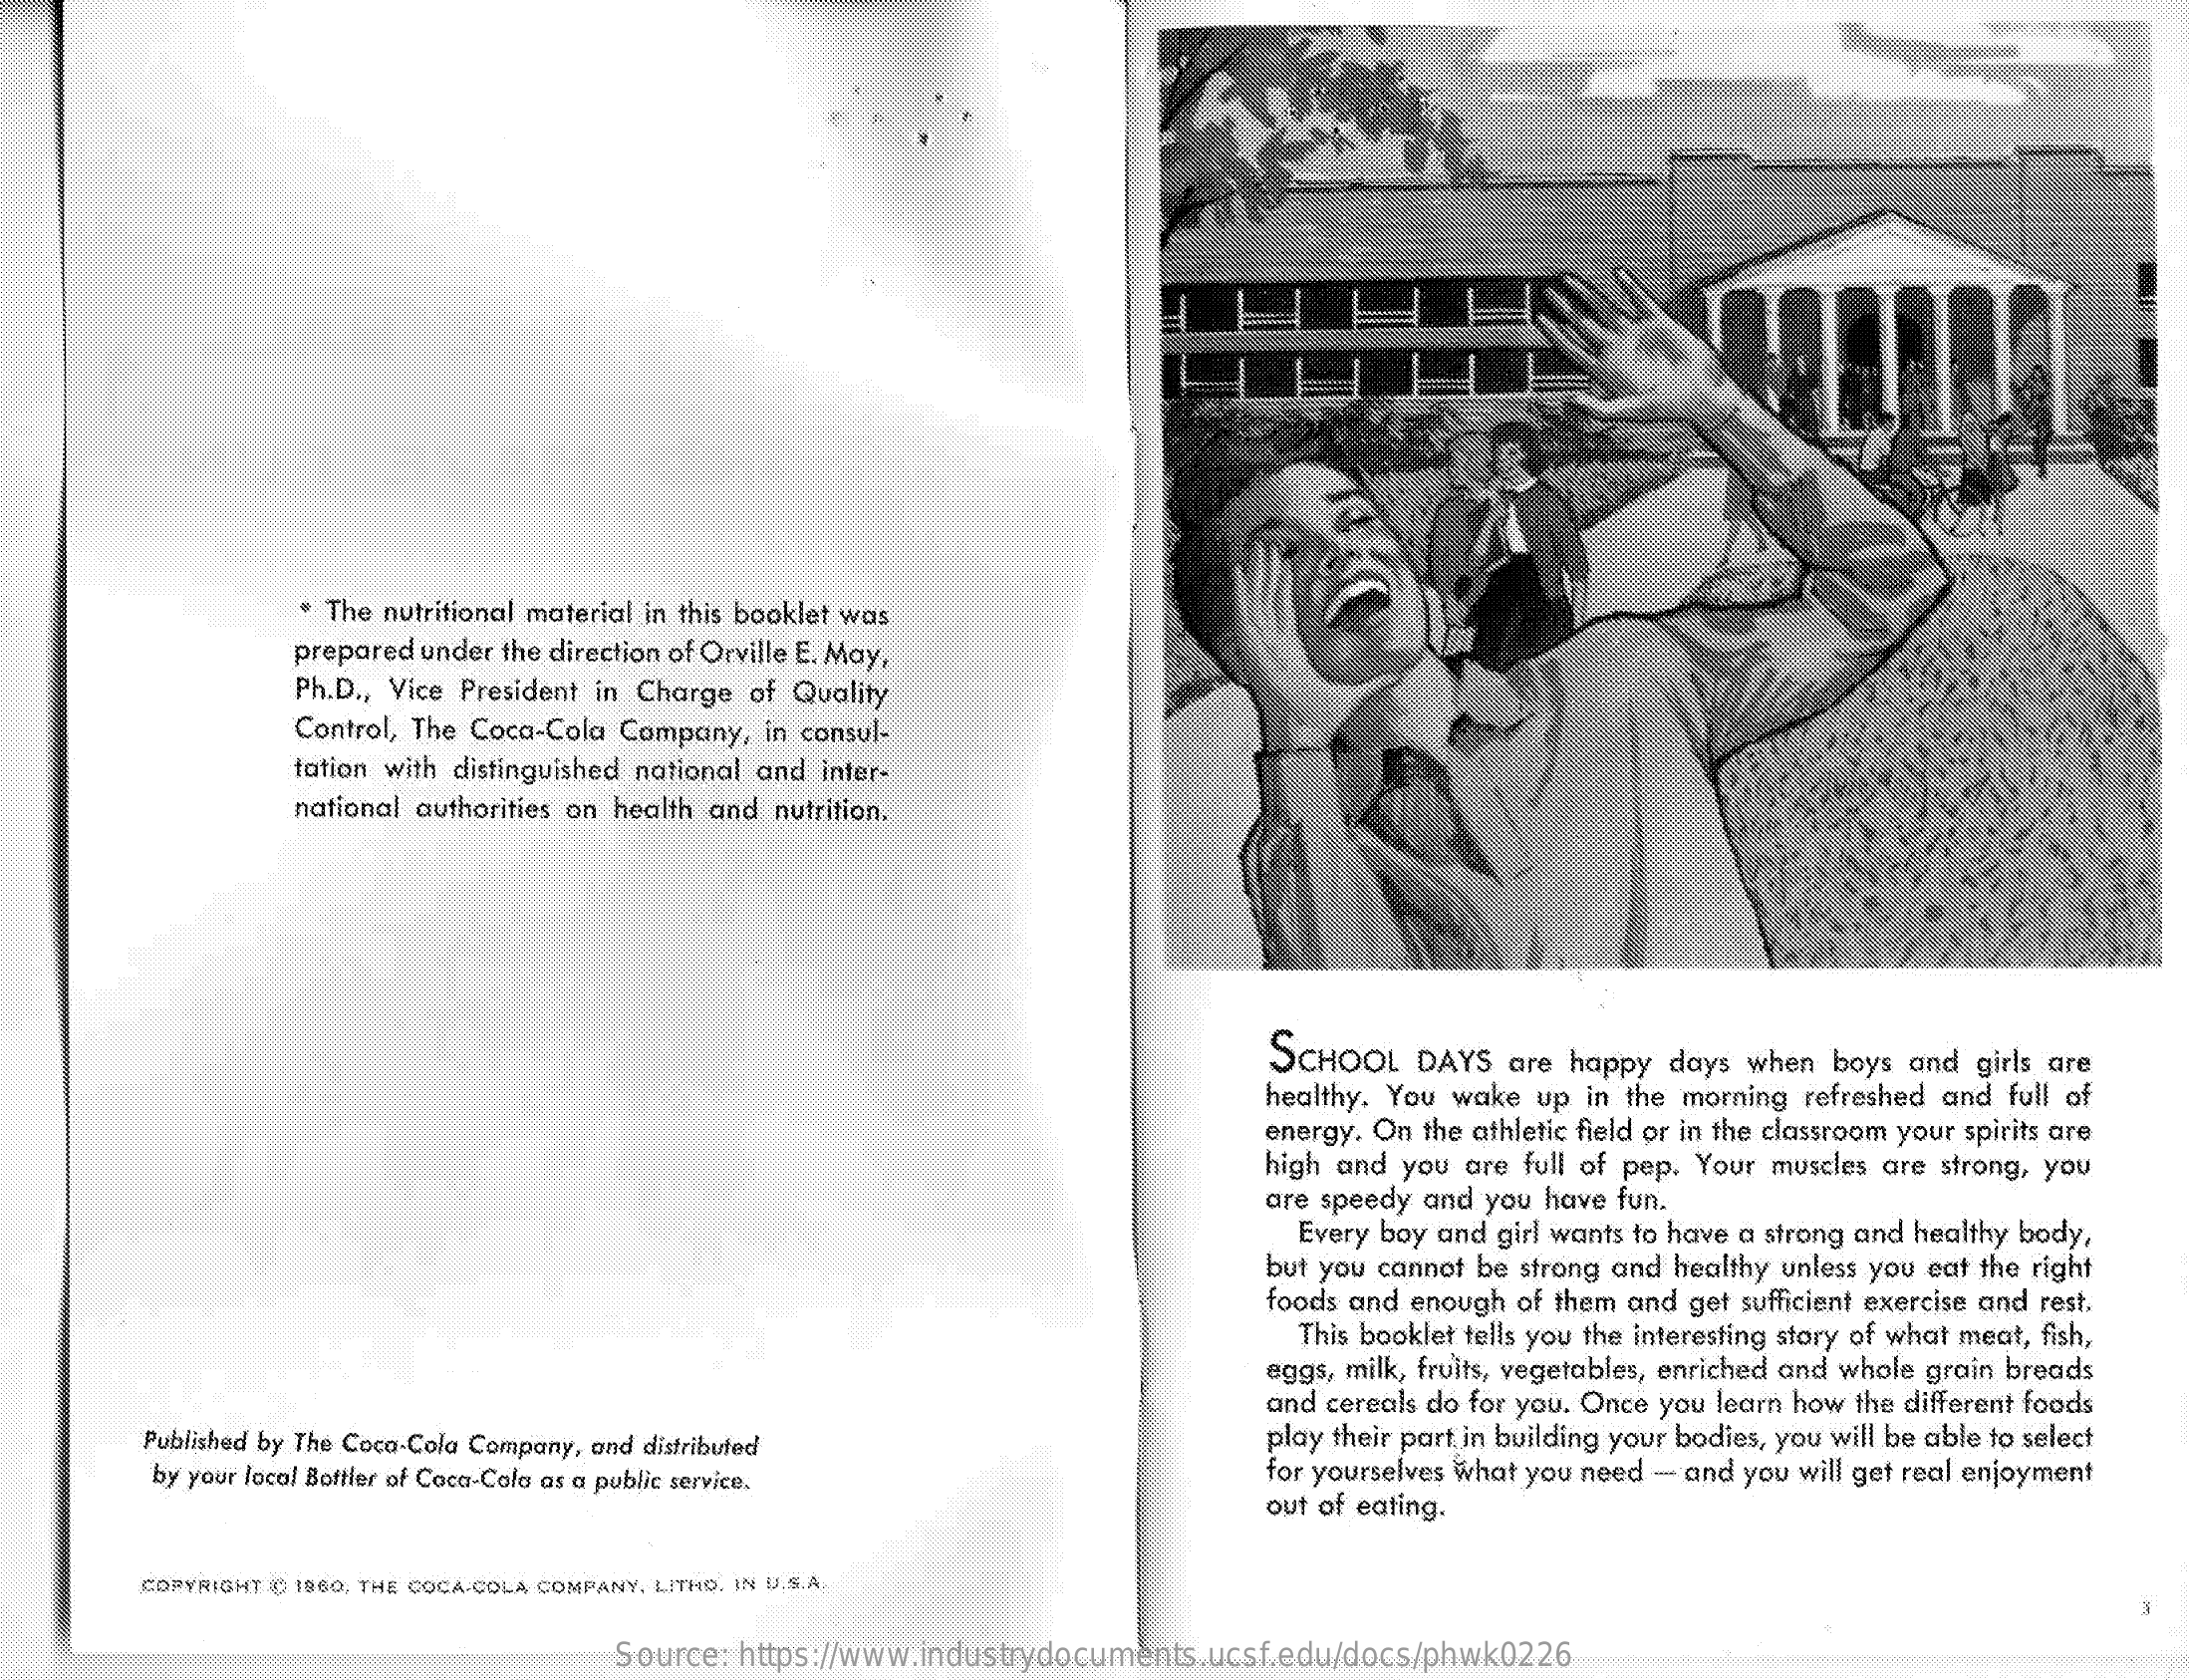
. The nutritional material in this booklet was
     prepared under the direction of Orville E. May,
     Ph.D ., Vice President in Charge of Quality
     Control, The Coca-Cola Company, in consul-
     tation with distinguished national and inter-
     national authorities on health and nutrition.
     SCHOOL DAYS are happy days when boys and girls are
     healthy. You wake up in the morning refreshed and full of
     energy. On the athletic field or in the classroom your spirits are
     high and you are full of pep. Your muscles are strong, you
     are speedy and you have fun.
     Every boy and girl wants to have a strong and healthy body,
     but you cannot be strong and healthy unless you eat the right
     foods and enough of them and get sufficient exercise and rest.
     This booklet tells you the interesting story of what meat, fish,
     eggs, milk, fruits, vegetables, enriched and whole grain breads
     and cereals do for you. Once you learn how the different foods
     Published by The Coca-Cola Company, and distributed    play their part in building your bodies, you will be able to select
     by your local Bottler of Coca-Cola as a public service.  for yourselves what you need - and you will get real enjoyment
     out of eating.
     COPYRIGHT ID 1960, THE COCA-COLA COMPANY, LITHO, IN U.S.A.
     Source: https://www.industrydocuments.ucsf.edu/docs/phwk0226